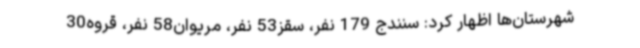
شهرستان‌ها اظهار کرد: سنندج 179 نفر، سقز53 نفر، مریوان58 نفر، قروه30